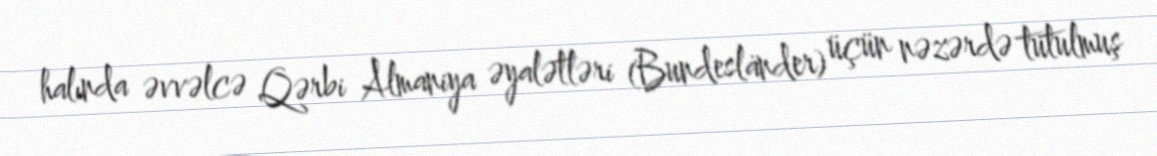
halında əvvəlcə Qərbi Almaniya əyalətləri (Bundesländer) üçün nəzərdə tutulmuş